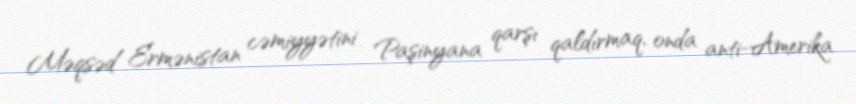
Məqsəd Ermənistan cəmiyyətini Paşinyana qarşı qaldırmaq, onda anti-Amerika